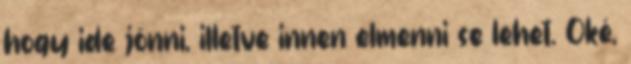
hogy ide jönni, illetve innen elmenni se lehet. Oké,